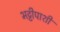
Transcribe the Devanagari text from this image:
भट्टीपाशी